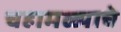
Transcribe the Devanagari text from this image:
चहामळ्याचे